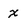
Character: x